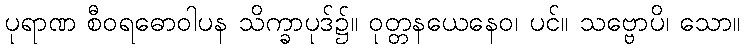
ပုရာဏ စီဝရဓောဝါပန သိက္ခာပုဒ်၌။ ဝုတ္တနယေနေဝ၊ ပင်။ သဗ္ဗောပိ၊ သော။